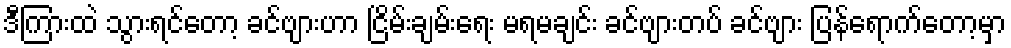
ဒီကြားထဲ သွားရင်တော့ ခင်ဗျားဟာ ငြိမ်းချမ်းရေး မရမချင်း ခင်ဗျားတပ် ခင်ဗျား ပြန်ရောက်တော့မှာ